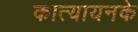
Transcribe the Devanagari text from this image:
कात्यायनके